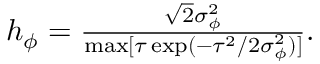
\begin{array} { r } { h _ { \phi } = \frac { \sqrt { 2 } \sigma _ { \phi } ^ { 2 } } { \operatorname* { m a x } [ \tau \exp ( - \tau ^ { 2 } / 2 \sigma _ { \phi } ^ { 2 } ) ] } . } \end{array}